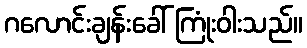
ဂလောင်းချန်းခေါ် ကြုံးဝါးသည်။